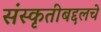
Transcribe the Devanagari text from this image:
संस्कृतीबद्दलचे